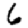
Digit: 6